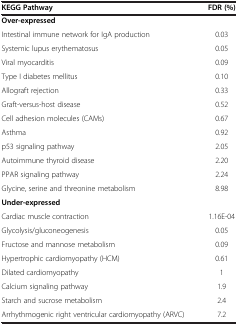
<table><thead><tr><td><b>KEGG Pathway</b></td><td><b>FDR (%)</b></td></tr></thead><tbody><tr><td><b>Over-expressed</b></td><td> </td></tr><tr><td>Intestinal immune network for IgA production</td><td>0.03</td></tr><tr><td>Systemic lupus erythematosus</td><td>0.05</td></tr><tr><td>Viral myocarditis</td><td>0.09</td></tr><tr><td>Type I diabetes mellitus</td><td>0.10</td></tr><tr><td>Allograft rejection</td><td>0.33</td></tr><tr><td>Graft-versus-host disease</td><td>0.52</td></tr><tr><td>Cell adhesion molecules (CAMs)</td><td>0.67</td></tr><tr><td>Asthma</td><td>0.92</td></tr><tr><td>p53 signaling pathway</td><td>2.05</td></tr><tr><td>Autoimmune thyroid disease</td><td>2.20</td></tr><tr><td>PPAR signaling pathway</td><td>2.24</td></tr><tr><td>Glycine, serine and threonine metabolism</td><td>8.98</td></tr><tr><td><b>Under-expressed</b></td><td> </td></tr><tr><td>Cardiac muscle contraction</td><td>1.16E-04</td></tr><tr><td>Glycolysis/gluconeogenesis</td><td>0.05</td></tr><tr><td>Fructose and mannose metabolism</td><td>0.09</td></tr><tr><td>Hypertrophic cardiomyopathy (HCM)</td><td>0.61</td></tr><tr><td>Dilated cardiomyopathy</td><td>1</td></tr><tr><td>Calcium signaling pathway</td><td>1.9</td></tr><tr><td>Starch and sucrose metabolism</td><td>2.4</td></tr><tr><td>Arrhythmogenic right ventricular cardiomyopathy (ARVC)</td><td>7.2</td></tr></tbody></table>